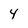
Character: 4